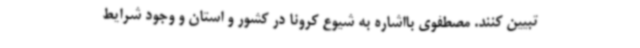
تبیین کنند. مصطفوی بااشاره به شیوع کرونا در کشور و استان و وجود شرایط